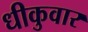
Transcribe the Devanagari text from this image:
धीकुवार